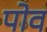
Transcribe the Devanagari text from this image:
पोव